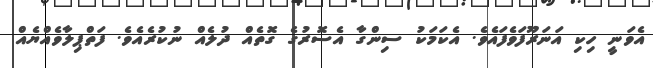
އެވަނީ ހިކި އަނަރޫފަވެފައެވެ. އެކަމަކު ސިންގާ އެސޮރުގެ ގޮތެއް ދުލެއް ނުކުރެއެވެ. ފަތްޕިލާވެއްޔެއް